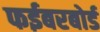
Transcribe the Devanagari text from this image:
फईबरबोर्ड